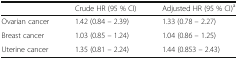
|  | Crude HR (95 % CI) | Adjusted HR (95 % CI)a |
 | --- | --- | --- |
 | Ovarian cancer | 1.42 (0.84 – 2.39) | 1.33 (0.78 – 2.27) |
 | Breast cancer | 1.03 (0.85 – 1.24) | 1.04 (0.86 – 1.25) |
 | Uterine cancer | 1.35 (0.81 – 2.24) | 1.44 (0.853 – 2.43) |